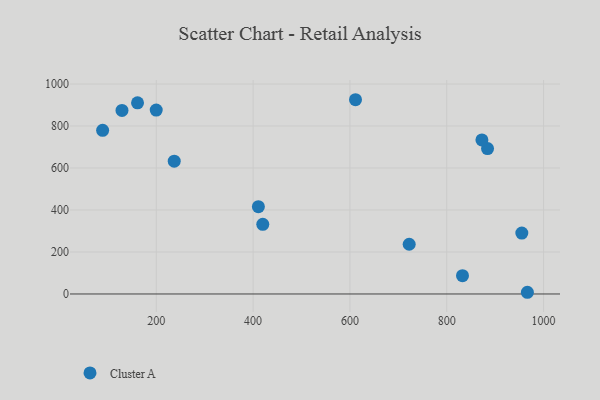
{"axis": {"x": "Ad Spend", "y": "Rating"}, "legend": ["Cluster A"], "data": [{"x": "611.5", "y": 925.2, "type": "Cluster A"}, {"x": "884.2", "y": 692.5, "type": "Cluster A"}, {"x": "410.9", "y": 415.8, "type": "Cluster A"}, {"x": "832.5", "y": 87.1, "type": "Cluster A"}, {"x": "955.0", "y": 290.1, "type": "Cluster A"}, {"x": "420.0", "y": 331.8, "type": "Cluster A"}, {"x": "199.9", "y": 876.0, "type": "Cluster A"}, {"x": "872.6", "y": 733.5, "type": "Cluster A"}, {"x": "722.4", "y": 236.8, "type": "Cluster A"}, {"x": "161.3", "y": 910.3, "type": "Cluster A"}, {"x": "966.5", "y": 8.1, "type": "Cluster A"}, {"x": "89.2", "y": 779.4, "type": "Cluster A"}, {"x": "129.2", "y": 874.1, "type": "Cluster A"}, {"x": "237.1", "y": 632.5, "type": "Cluster A"}]}